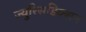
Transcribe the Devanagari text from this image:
ज्युरिसडिक्शन